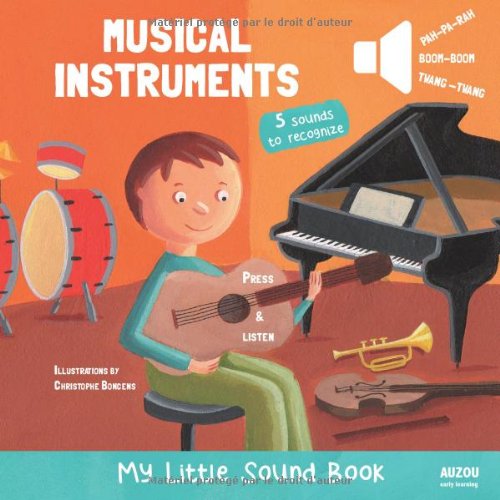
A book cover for Musical Instruments - My Little Sound Book (My Little Sound Books); Children's Books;